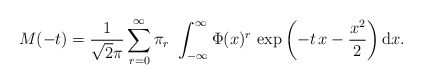
\begin{align*}M(-t)=\frac{1}{\sqrt 2\pi}\sum_{r=0}^\infty \pi_r\,\,\int_{-\infty}^{\infty}\Phi(x)^r\,\exp\left(-t\,x-\frac{x^2}{2}\right)\mathrm{d}x.\end{align*}